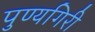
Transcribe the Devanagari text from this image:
पुण्यगिरी